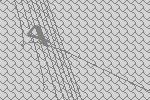
4